Indian journal of veterinary science and animal husbandry - Volume 2,
Year: 1932
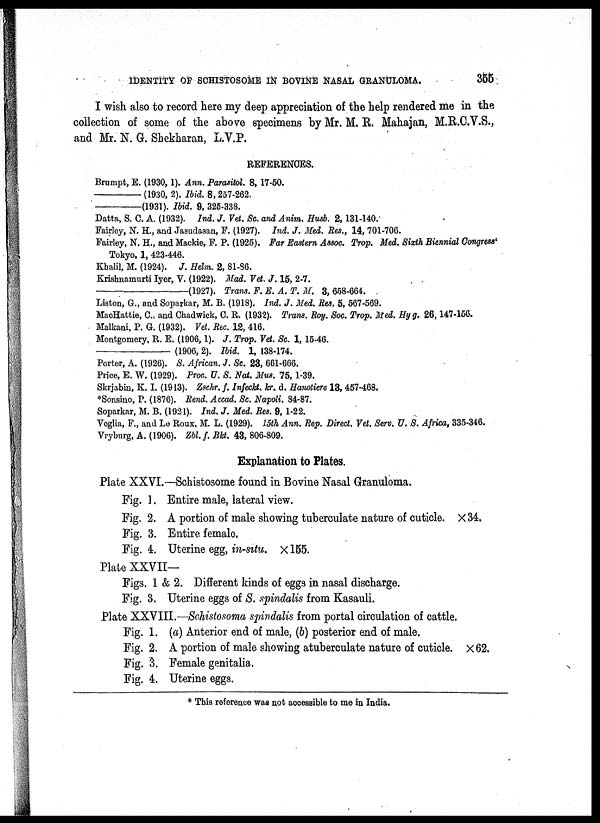
IDENTITY OF SCHISTOSOME IN BOVINE NASAL GRANULOMA.
355
I wish also to record here my deep appreciation of the help rendered me in the
collection of some of the above specimens by Mr. M. R. Mahajan, M.R.C.V.S.,
and Mr. N. G. Shekharan, L.V.P.
REFERENCES.
Brumpt, E. (1930,1). Ann. Parasitol. 8, 17-50.
—
(1930, 2). Ibid. 8,257-262.
—
(1931). Ibid. 9, 325-338.
Datta, S. C. A. (1932). Ind. J. Vet. Sc. and Anim. Husb. 2,131-140.
Fairley, N. H., and Jasudasan, F. (1927). Ind. J. Med. Res., 14, 701-706.
Fairley, N. H., and Mackie, F. P. (1925). Far Eastern Assoc. Trop. Med. Sixth Biennial Congress'
Tokyo, 1, 423-446.
Khalil, M. (1924). J. Helm. 2, 81-86.
Krishnamurti Iyer, V. (1922). Mad. Vet. J. 15, 2-7.
—(1927).
Trans. F. E. A. T. M. 3, 658-664.
Liston, G., and Soparkar, M. B. (1918). Ind. J. Med. Res. 5, 567-569.
MacHattie, C., and Chadwick, C. R. (1932). Trans. Roy. Soc. Trop. Med. Hyg. 26,147-156.
Malkani, P. G. (1932). Vet. Rec. 12, 416.
Montgomery, R. E. (1906,1). J. Trop. Vet. Sc. 1, 15-46.
—(1906,2).
Ibid. 1, 138-174.
Porter, A. (1926). S. African. J. Sc. 23, 661-666.
Price, E. W. (1929). Proc. U. S. Nat. Mus. 75, 1-39.
Skrjabin, K. I. (1913). Zschr. f. Infeckt. kr. d. Hanotiere 13, 457-468.
*Sonsino, P. (1876). Rend. Accad. Sc. Napoli. 84-87.
Soparkar, M. B. (1921). Ind. J. Med. Res. 9, 1-22.
Veglia, F., and Le Roux, M. L. (1929). 15th Ann. Rep. Direct. Vet. Serv. U. S. Africa, 335-346.
Vryburg, A. (1906). Zbl. f. Bkt. 43, 806-809.
Explanation to Plates.
Plate XXVI.—Schistosome found in Bovine Nasal Granuloma.
Fig. 1. Entire male, lateral view.
Fig. 2. A portion of male showing tuberculate nature of cuticle. ×34.
Fig. 3. Entire female.
Fig. 4. Uterine egg, in-situ. ×155.
Plate XXVII—
Figs. 1 & 2. Different kinds of eggs in nasal discharge.
Fig. 3. Uterine eggs of S. spindalis from Kasauli.
Plate XXVIII.—Schistosoma spindalis from portal circulation of cattle.
Fig. 1. (a) Anterior end of male, (b) posterior end of male.
Fig. 2. A portion of male showing atuberculate nature of cuticle. × 62.
Fig. 3. Female genitalia.
Fig. 4. Uterine eggs.
* This reference was not accessible to me in India.